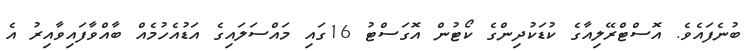
ބުނެފައެވެ. އޮސްޓްރޭލިއާގެ ކުޑަކުދިންގެ ކޯޓުން އޮގަސްޓު 16ގައި މައްސަލައިގެ އަޑުއެހުމެއް ބާއްވާފައިވާއިރު އެ